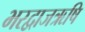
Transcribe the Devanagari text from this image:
भरद्वाजऋषि